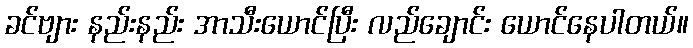
ခင်ဗျား နည်းနည်း အာသီးယောင်ပြီး လည်ချောင်း ယောင်နေပါတယ်။